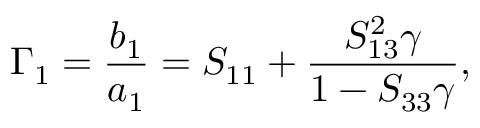
\Gamma _ { 1 } = \frac { b _ { 1 } } { a _ { 1 } } = S _ { 1 1 } + \frac { S _ { 1 3 } ^ { 2 } \gamma } { 1 - S _ { 3 3 } \gamma } ,